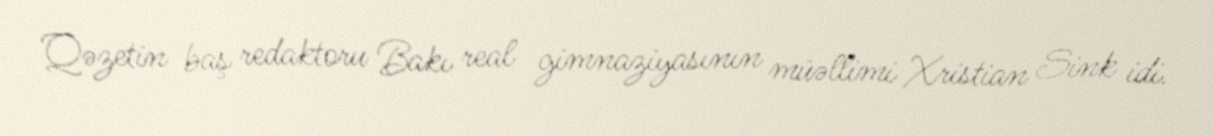
Qəzetin baş redaktoru Bakı real gimnaziyasının müəllimi Xristian Sink idi.